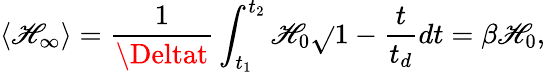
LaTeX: \langle\mathscr{H}_{\infty}\rangle=\frac{{1}}{{\Deltat}}\int_{t_{1}}^{t_{2}}\mathscr{H}_{0}\sqrt{}{{1-\frac{{t}}{{t_{d}}}}}dt=\beta\mathscr{H}_{0},